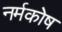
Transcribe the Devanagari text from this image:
नर्मकोष